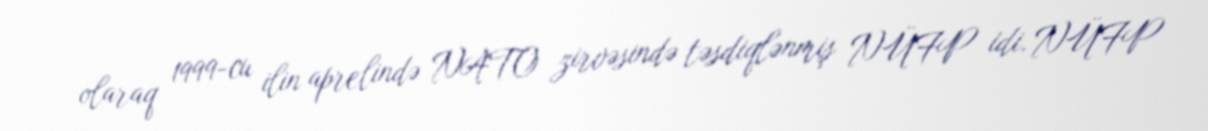
olaraq 1999-cu ilin aprelində NATO zirvəsində təsdiqlənmiş NÜFP idi. NÜFP